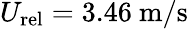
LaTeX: U_{\mathrm{rel}}=3.46~\mathrm{m/s}